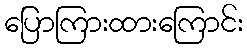
ပြောကြားထားကြောင်း